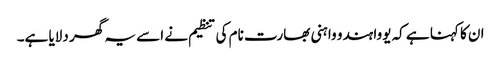
ان کا کہنا ہے کہ یووا ہندو واہنی بھارت نام کی تنظیم نے اسے یہ گھر دلایا ہے۔